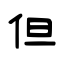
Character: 但